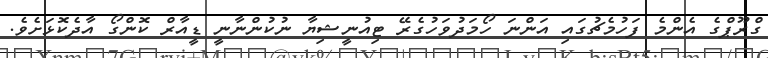
ގްރޫޕްގެ އެންމެ ފަހުމެޗުގައި އަންނަ ހޯމަދުވަހުގެރޭ ޓިއުނީޝިޔާ ނުކުންނާނީ ޑީއާރް ކޮންގޯ އާދެކޮޅަށެވެ.